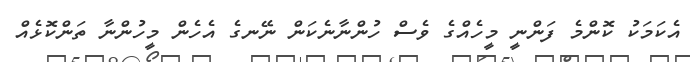
އެކަމަކު ކޮންމެ ފަންނީ މީހެއްގެ ވެސް ހުންނާނެކަން ނޭނގެ އެހެން މީހުންނާ ތަންކޮޅެއް